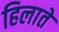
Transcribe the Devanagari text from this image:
हिलाते